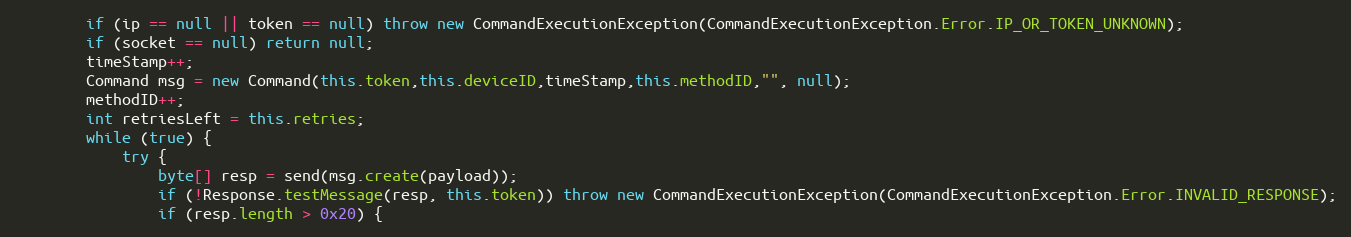
Language: Java
        if (ip == null || token == null) throw new CommandExecutionException(CommandExecutionException.Error.IP_OR_TOKEN_UNKNOWN);
        if (socket == null) return null;
        timeStamp++;
        Command msg = new Command(this.token,this.deviceID,timeStamp,this.methodID,"", null);
        methodID++;
        int retriesLeft = this.retries;
        while (true) {
            try {
                byte[] resp = send(msg.create(payload));
                if (!Response.testMessage(resp, this.token)) throw new CommandExecutionException(CommandExecutionException.Error.INVALID_RESPONSE);
                if (resp.length > 0x20) {